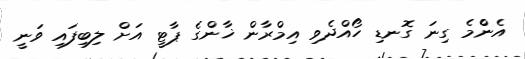
އެނެްމެ ގިނަ ގޮނޑި ހޯއްދެވި އިމްރާން ޚާންގެ ޕާޓީ އަށް ލިބިފައި ވަނީ